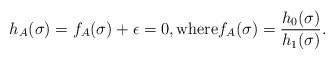
\begin{align*} h_A(\sigma) = f_A(\sigma) + \epsilon=0,\mbox{where}f_A(\sigma) = \frac{ h_0(\sigma) }{h_1(\sigma) }.\end{align*}